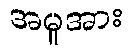
အမှုအား